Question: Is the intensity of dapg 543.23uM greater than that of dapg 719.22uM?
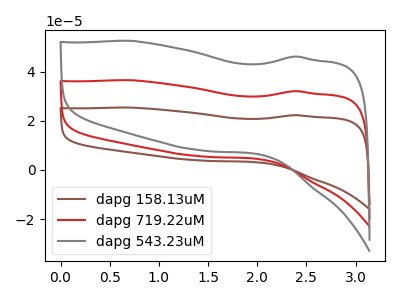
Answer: <think>The brown curve "dapg 158.13uM" has no peaks. The red curve "dapg 719.22uM" has no peaks. The gray curve "dapg 543.23uM" has no peaks.
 Neither "dapg 543.23uM" or "dapg 719.22uM" have any peaks.</think>
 <answer>I cant tell if "dapg 543.23uM" or "dapg 719.22uM" has more signal.</answer>
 <eval>mixed_signal</eval>